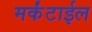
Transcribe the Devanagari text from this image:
मर्कंटाईल